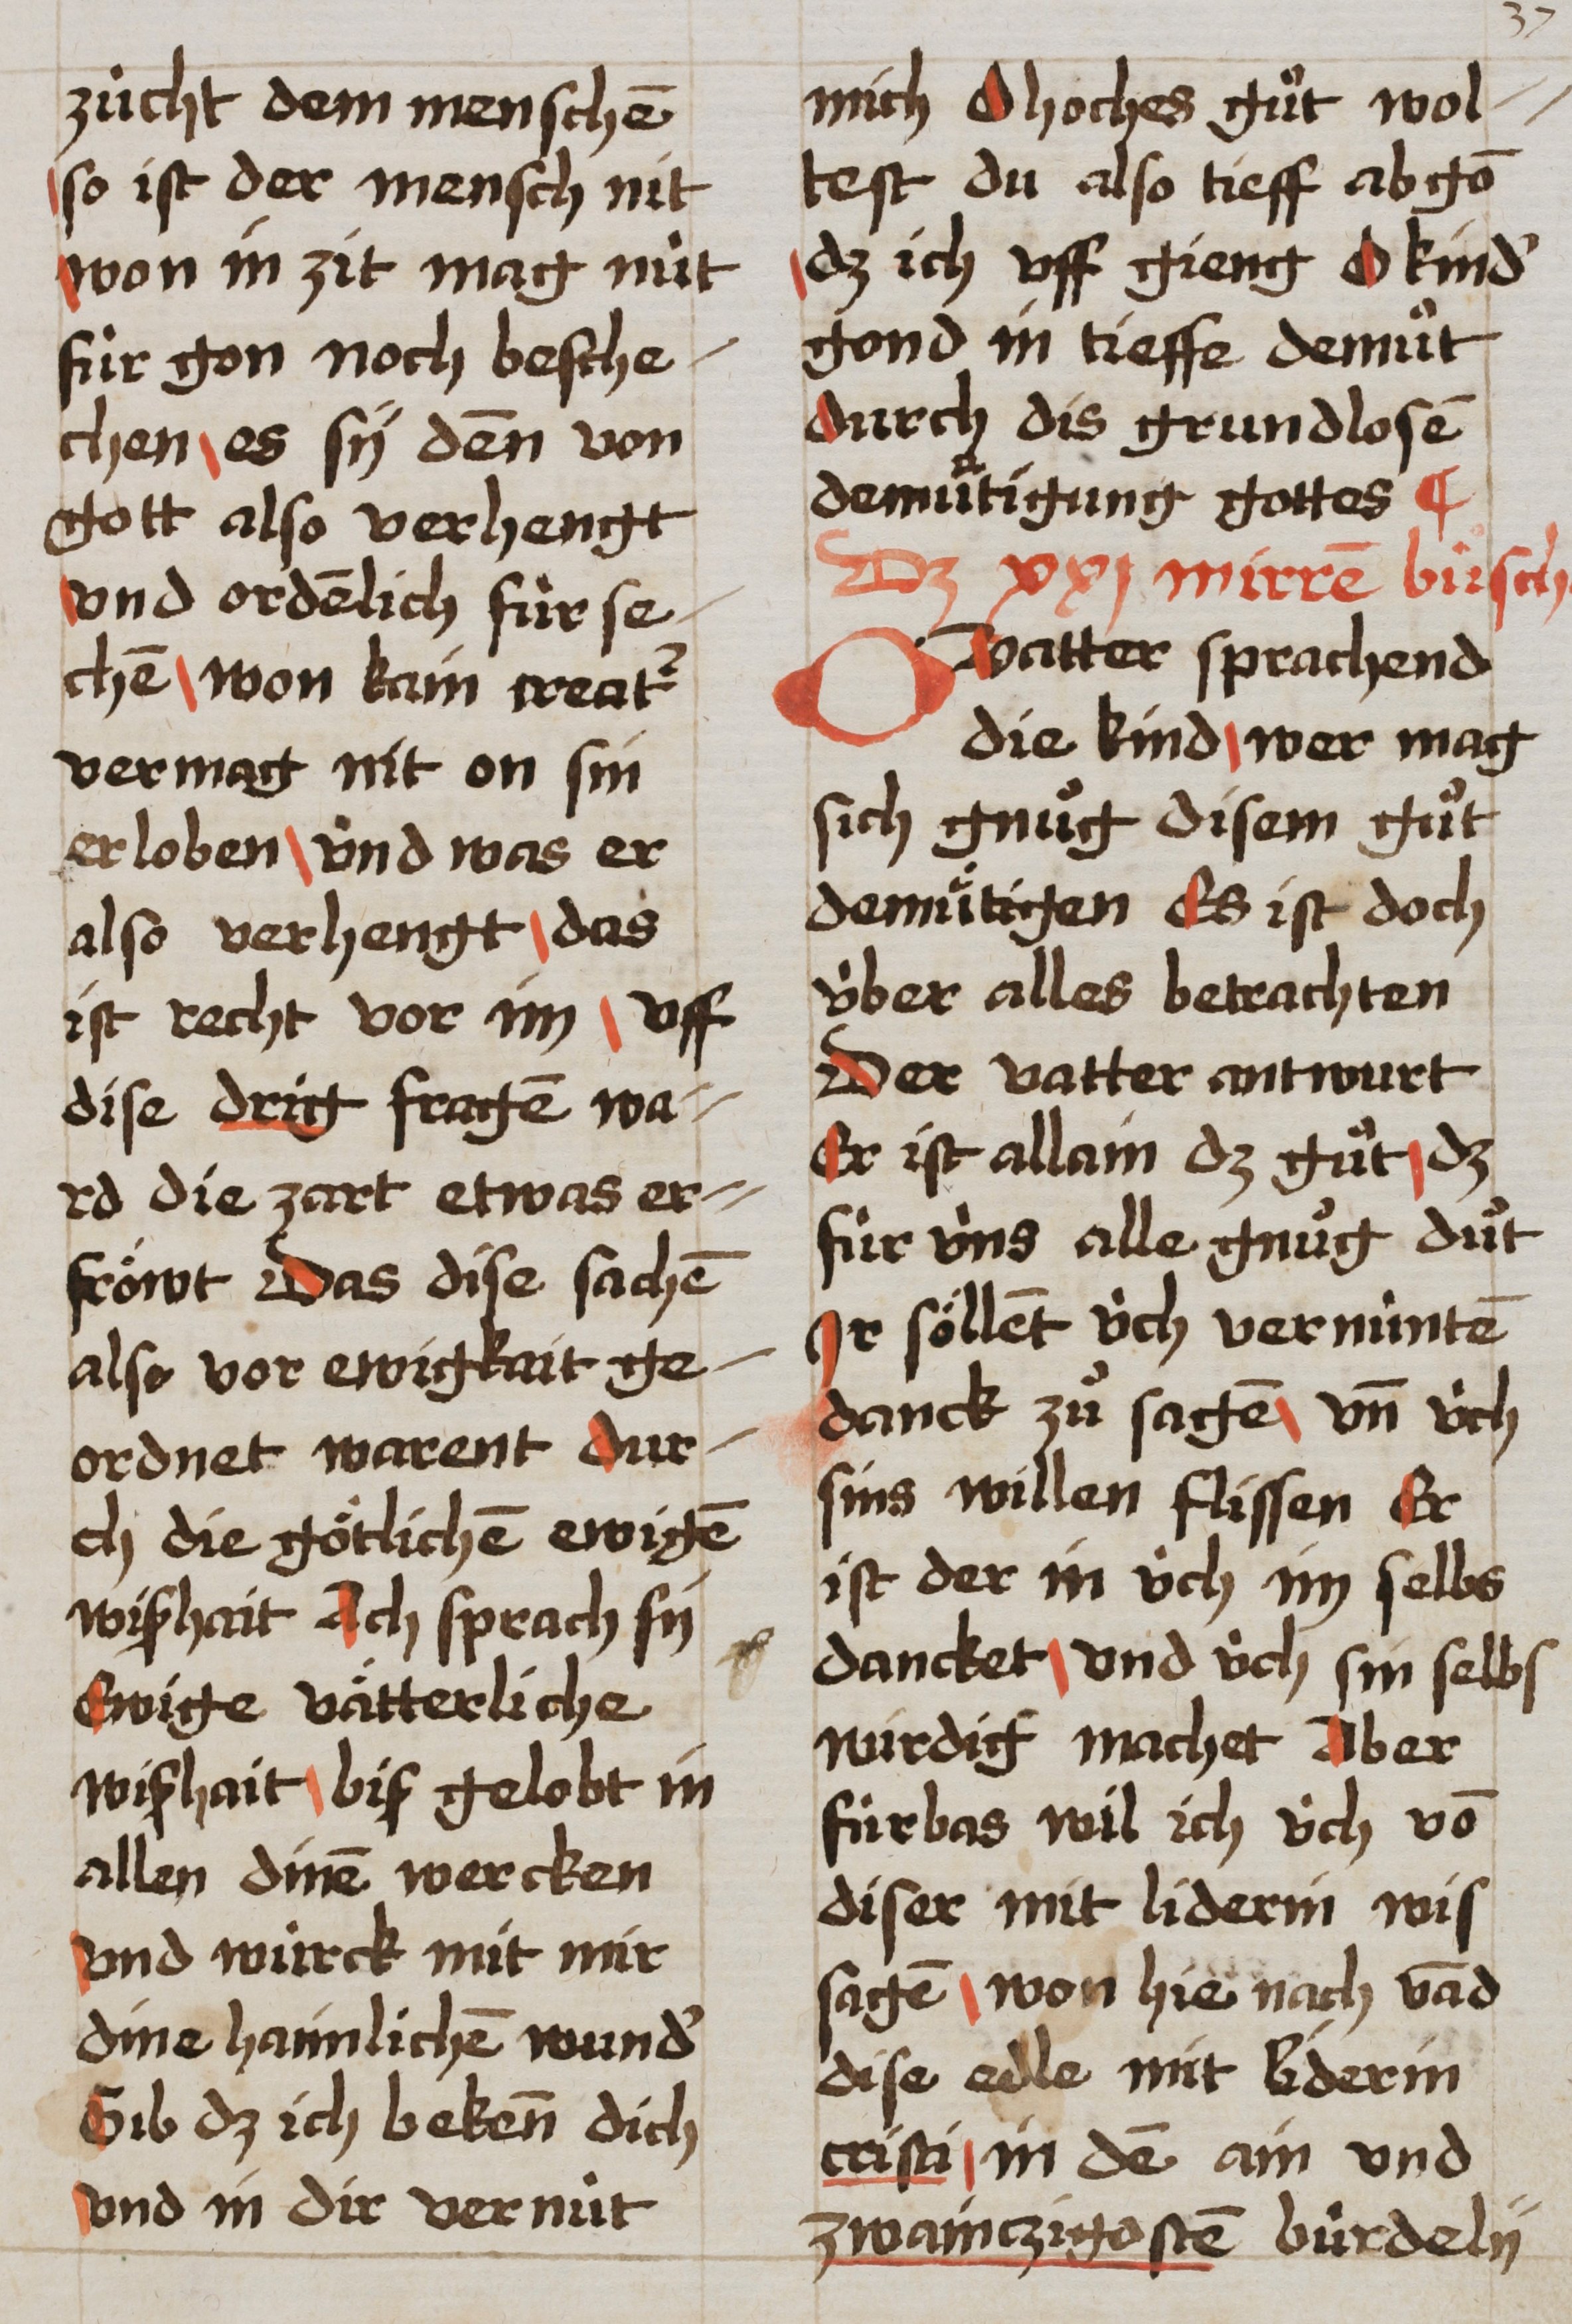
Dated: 1493–1493